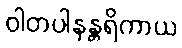
ဝါတပါနန္တရိကာယ